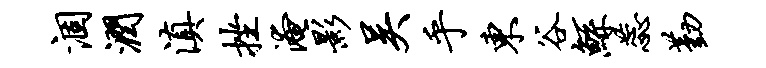
涸润滇挫淹影吴乎东谷鲧蕊勤